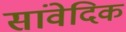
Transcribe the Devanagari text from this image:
सांवेदिक